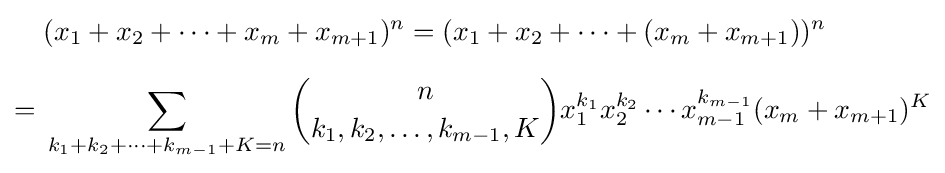
{\begin{aligned}&(x_{1}+x_{2}+\cdots +x_{m}+x_{m+1})^{n}=(x_{1}+x_{2}+\cdots +(x_{m}+x_{m+1}))^{n}\\[6pt]={}&\sum _{k_{1}+k_{2}+\cdots +k_{m-1}+K=n}{n \choose k_{1},k_{2},\ldots ,k_{m-1},K}x_{1}^{k_{1}}x_{2}^{k_{2}}\cdots x_{m-1}^{k_{m-1}}(x_{m}+x_{m+1})^{K}\end{aligned}}